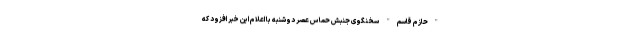
"حازم قاسم" سخنگوی جنبش حماس عصر دوشنبه با اعلام این خبر افزود که